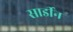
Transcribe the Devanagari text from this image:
सार्डीन